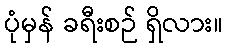
ပုံမှန် ခရီးစဉ် ရှိလား။